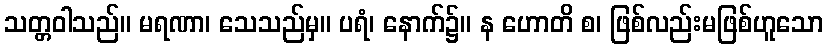
သတ္တဝါသည်။ မရဏာ၊ သေသည်မှ။ ပရံ၊ နောက်၌။ န ဟောတိ စ၊ ဖြစ်လည်းမဖြစ်ဟူသော